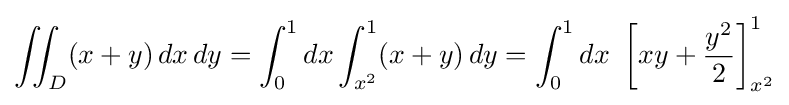
\iint _{D}(x+y)\,dx\,dy=\int _{0}^{1}dx\int _{x^{2}}^{1}(x+y)\,dy=\int _{0}^{1}dx\ \left[xy+{\frac {y^{2}}{2}}\right]_{x^{2}}^{1}